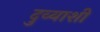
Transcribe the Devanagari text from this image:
दुव्याशी